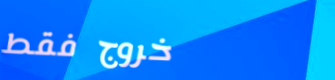
خروج فقط